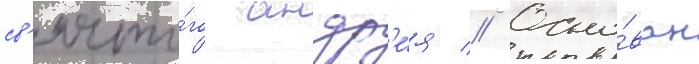
св'ято́го андр'е́я // Осно́ван